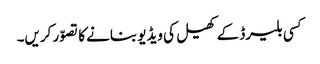
کسی بلیرڈ کے کھیل کی ویڈیو بنانے کا تصوّر کریں۔